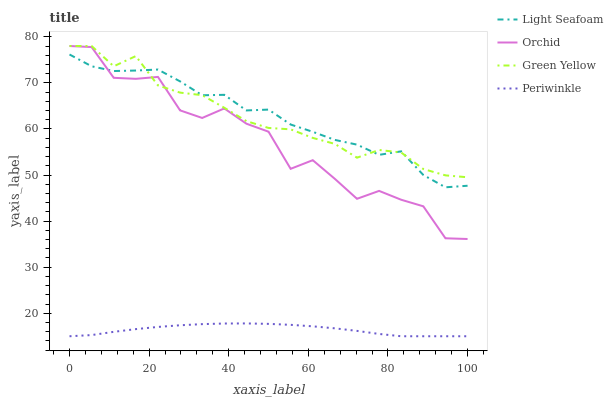
| xaxis_label | Light Seafoam | Orchid | Green Yellow | Periwinkle |
 | --- | --- | --- | --- | --- |
 | 0 | 76.2 | 78 | 78 | 15 |
 | 5.56 | 73.6 | 77.8 | 78 | 15.3 |
 | 11.1 | 72.6 | 71.1 | 73.6 | 16 |
 | 16.7 | 72.7 | 70.9 | 75.8 | 16.5 |
 | 22.2 | 72.9 | 71.3 | 69.4 | 17 |
 | 27.8 | 70.3 | 64 | 67.9 | 17.4 |
 | 33.3 | 67.3 | 62.4 | 67.3 | 17.6 |
 | 38.9 | 67.4 | 64.5 | 64.6 | 17.8 |
 | 44.4 | 64 | 61.1 | 61.7 | 17.8 |
 | 50 | 64.2 | 59.4 | 60.2 | 17.7 |
 | 55.6 | 61 | 51.3 | 59.9 | 17.5 |
 | 61.1 | 59.4 | 53.2 | 58.1 | 17.2 |
 | 66.7 | 57.6 | 49.2 | 56.8 | 16.7 |
 | 72.2 | 56.6 | 44.8 | 53.8 | 16.2 |
 | 77.8 | 54.4 | 46.6 | 55.4 | 15.5 |
 | 83.3 | 55.1 | 44.6 | 54.9 | 15 |
 | 88.9 | 50 | 43.2 | 51.3 | 15 |
 | 94.4 | 47.3 | 36.3 | 49.9 | 15 |
 | 100 | 47.7 | 36.1 | 49.5 | 15 |